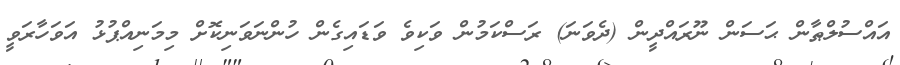
އައްސުލްޠާން ޙަސަން ނޫރައްދީން (ދެވަނަ) ރަސްކަމުން ވަކިވެ ވަޑައިގެން ހުންނަވަނިކޮށް މިމަނިއްޕުޅު އަވަހާރަވީ